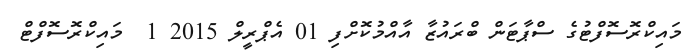
މައިކްރޮސޮފްޓުގެ ސްޕާޓަން ބްރައުޒާ އާއްމުކޮށްފި 01 އެޕްރީލް 2015 1  މައިކްރޮސޮފްޓް